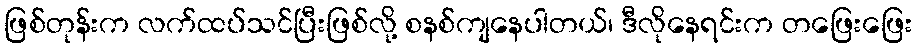
ဖြစ်တုန်းက လက်ထပ်သင်ပြီးဖြစ်လို့ စနစ်ကျနေပါတယ်၊ ဒီလိုနေရင်းက တဖြေးဖြေး